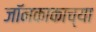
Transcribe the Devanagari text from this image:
जॉनकाकाच्या